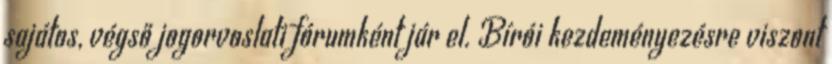
sajátos, végső jogorvoslati fórumként jár el. Bírói kezdeményezésre viszont